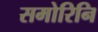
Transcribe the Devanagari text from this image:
समोरिनि